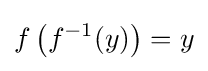
f\left(f^{-1}(y)\right)=y